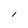
Character: I